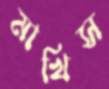
মাখিস